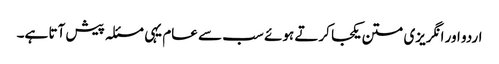
اردو اور انگریزی متن یکجا کرتے ہوئے سب سے عام یہی مسئلہ پیش آتا ہے۔